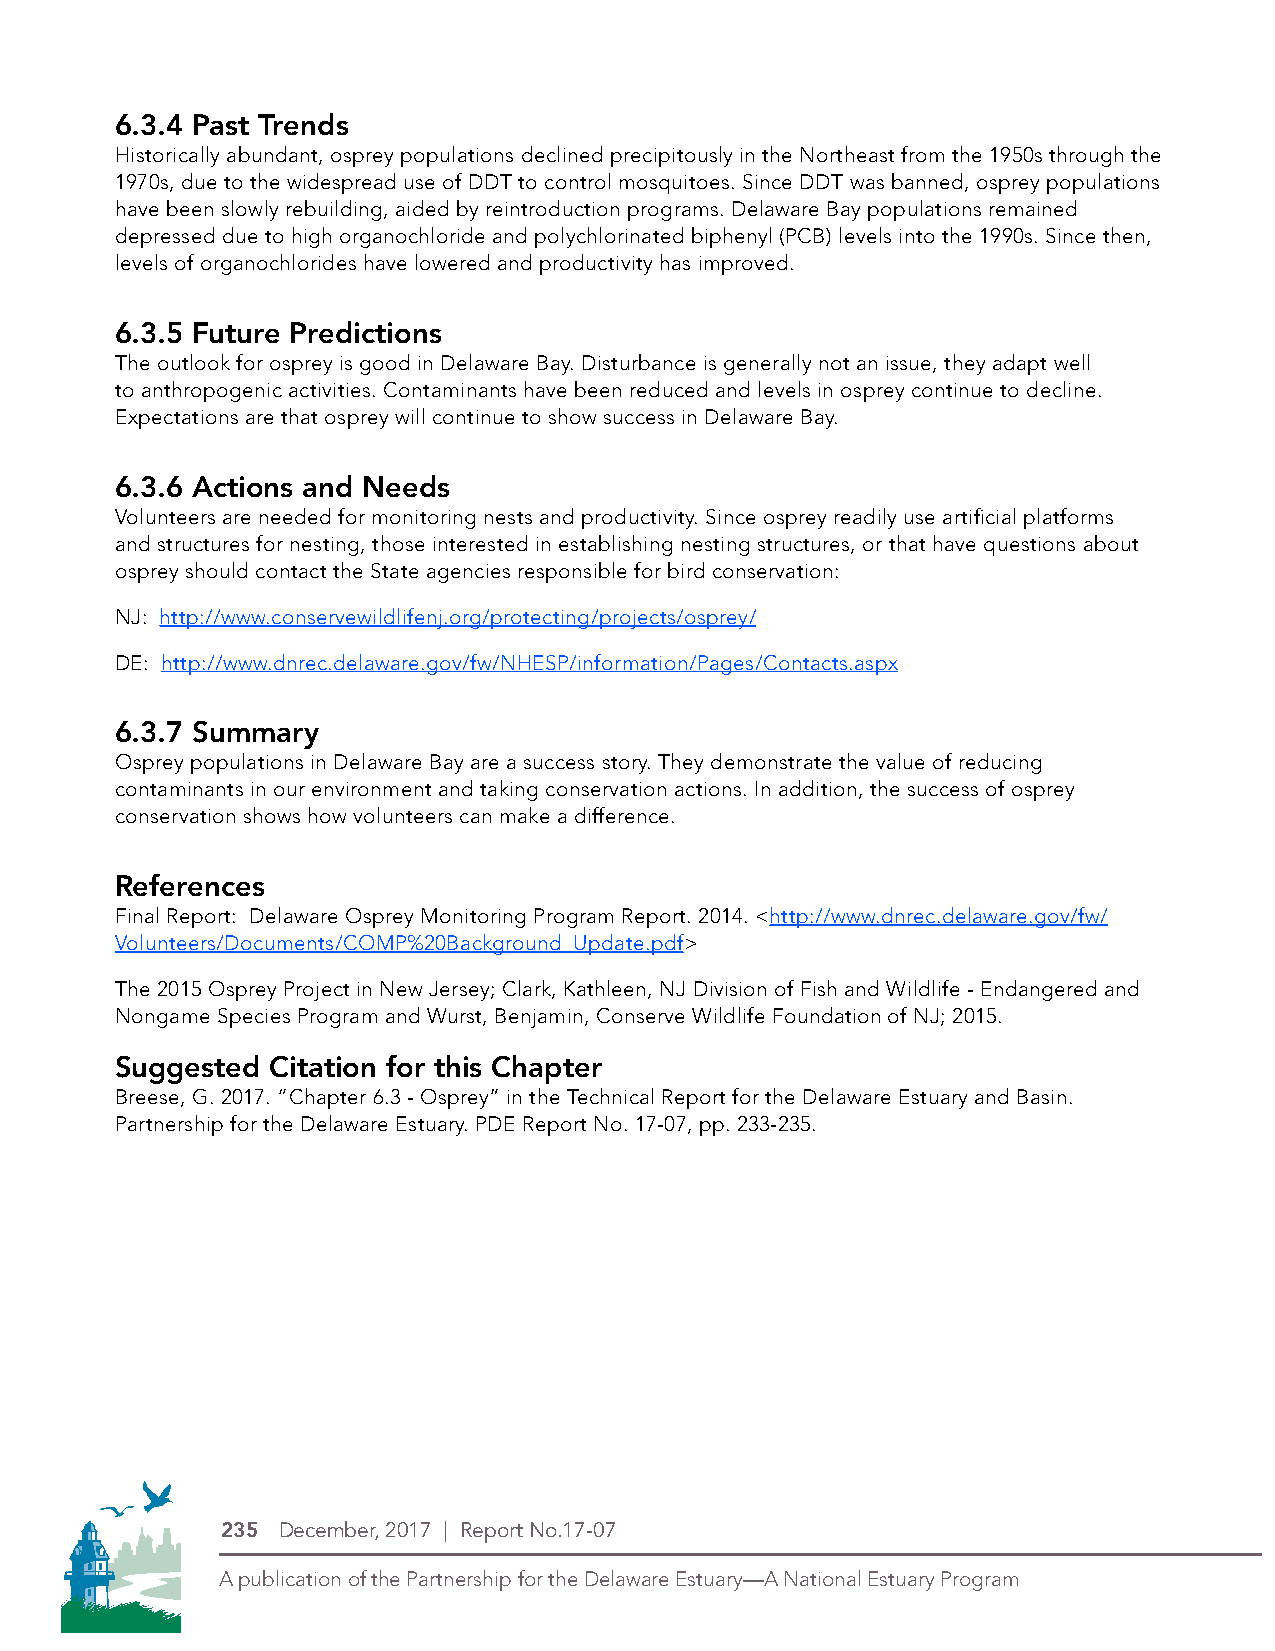
6.3.4 Past Trends
 Historically abundant, osprey populations declined precipitously in the Northeast from the 1950s through the
 1970s, due to the widespread use of DDT to control mosquitoes. Since DDT was banned, osprey populations
 have been slowly rebuilding, aided by reintroduction programs. Delaware Bay populations remained
 depressed due to high organochloride and polychlorinated biphenyl (PCB) levels into the 1990s. Since then,
 levels of organochlorides have lowered and productivity has improved.
 6.3.5 Future Predictions
 The outlook for osprey is good in Delaware Bay. Disturbance is generally not an issue, they adapt well
 to anthropogenic activities. Contaminants have been reduced and levels in osprey continue to decline.
 Expectations are that osprey will continue to show success in Delaware Bay.
 6.3.6 Actions and Needs
 Volunteers are needed for monitoring nests and productivity. Since osprey readily use artificial platforms
 and structures for nesting, those interested in establishing nesting structures, or that have questions about
 osprey should contact the State agencies responsible for bird conservation:
 NJ: http://www.conservewildlifenj.org/protecting/projects/osprey/
 DE: http://www.dnrec.delaware.gov/fw/NHESP/information/Pages/Contacts.aspx
 6.3.7 Summary
 Osprey populations in Delaware Bay are a success story. They demonstrate the value of reducing
 contaminants in our environment and taking conservation actions. In addition, the success of osprey
 conservation shows how volunteers can make a difference.
 References
 Final Report: Delaware Osprey Monitoring Program Report. 2014. <http://www.dnrec.delaware.gov/fw/
 Volunteers/Documents/COMP%20Background_Update.pdf>
 The 2015 Osprey Project in New Jersey; Clark, Kathleen, NJ Division of Fish and Wildlife - Endangered and
 Nongame Species Program and Wurst, Benjamin, Conserve Wildlife Foundation of NJ; 2015.
 Suggested Citation for this Chapter
 Breese, G. 2017. “Chapter 6.3 - Osprey” in the Technical Report for the Delaware Estuary and Basin.
 Partnership for the Delaware Estuary. PDE Report No. 17-07, pp. 233-235.
 PDE Logos in 4-Color Process (CMYK)
 THIS IS THE NEW LOGO
 235 December, 2017 | Report No.17-07
 A publication of the Partnership for the Delaware Estuary—A National Estuary Program A publication of the Partnership for the Delaware Estuary—A National Estuary Program
 Symbol Alone
 Logo with stacked type
 Type Alone